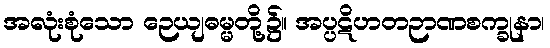
အလုံးစုံသော ဉေယျဓမ္မတို့၌။ အပ္ပဋိဟတဉာဏစက္ခုနာ၊